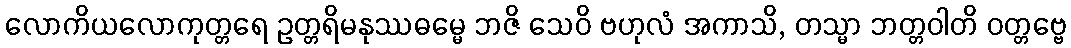
လောကိယလောကုတ္တရေ ဥတ္တရိမနုဿဓမ္မေ ဘဇိ သေဝိ ဗဟုလံ အကာသိ, တသ္မာ ဘတ္တဝါတိ ဝတ္တဗ္ဗေ